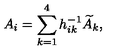
A _ { i } = \sum _ { k = 1 } ^ { 4 } h _ { i k } ^ { - 1 } \widetilde { A } _ { k } ,